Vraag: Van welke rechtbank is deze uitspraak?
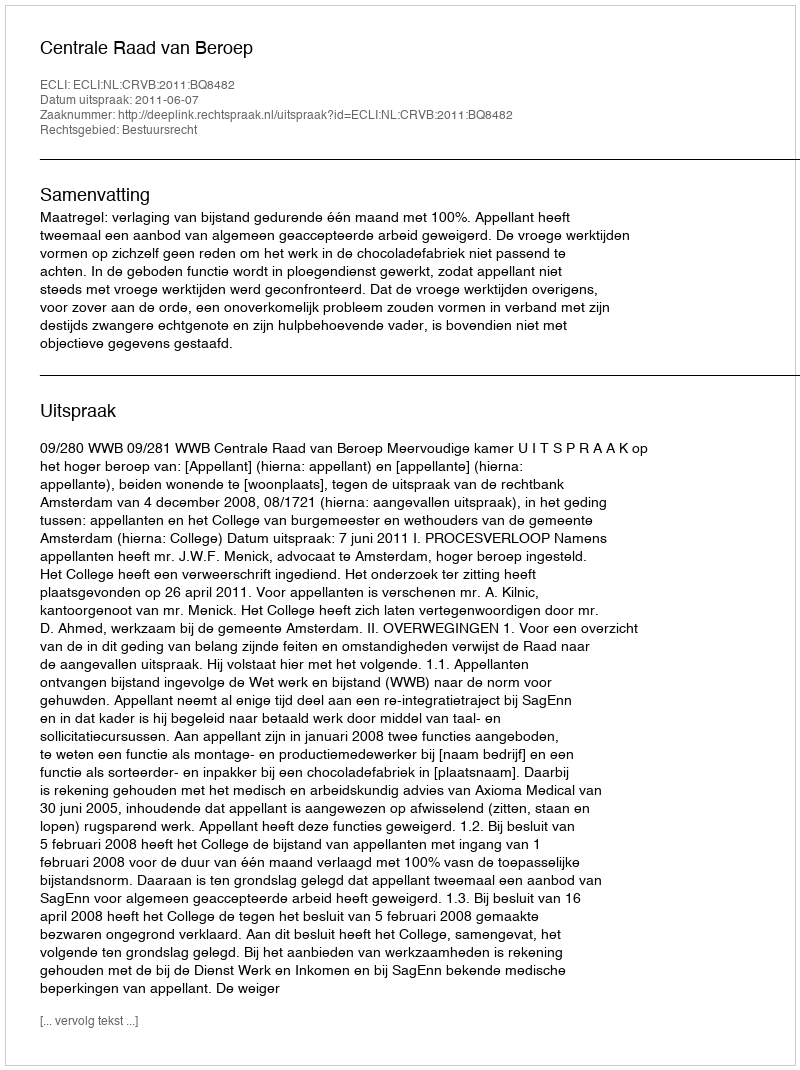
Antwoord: Centrale Raad van Beroep